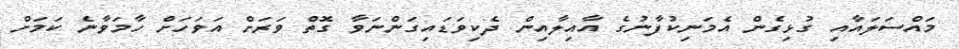
މައްސަލައާއި ގުޅިގެން އެމަނިކުފާނުގެ އާއިލާއިން ދެކިވަޑައިގަންނަވާ ގޮތް ވަރަށް އަވަހަށް ހާމަވާނެ ކަމަށް